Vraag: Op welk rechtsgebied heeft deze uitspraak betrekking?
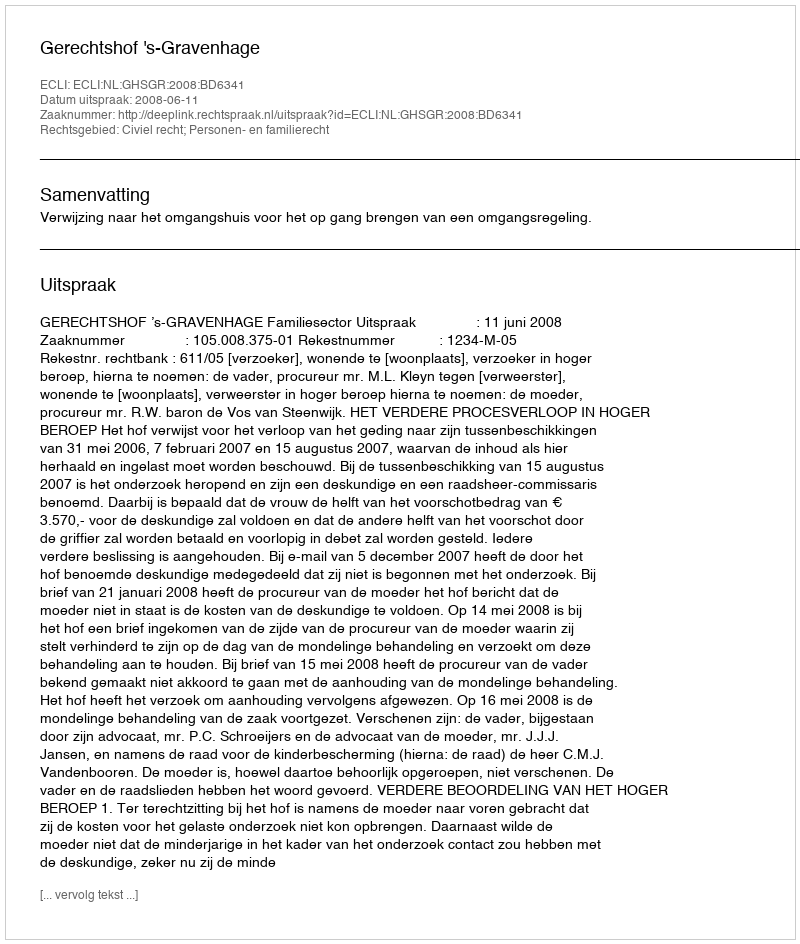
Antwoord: Civiel recht; Personen- en familierecht